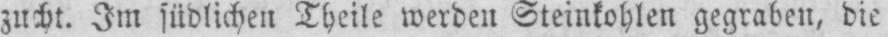
zucht. Im südlichen Theile werden Steinkohlen gegraben, die